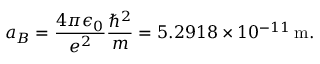
a _ { B } = \frac { 4 \pi \epsilon _ { 0 } } { e ^ { 2 } } \frac { \hbar ^ { 2 } } { m } = 5 . 2 9 1 8 \times 1 0 ^ { - 1 1 } \, \mathrm { m } .